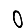
Digit: 0